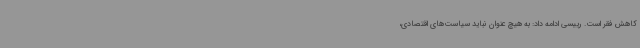
کاهش فقر است. رییسی ادامه داد: به هیچ عنوان نباید سیاست‌های اقتصادی،